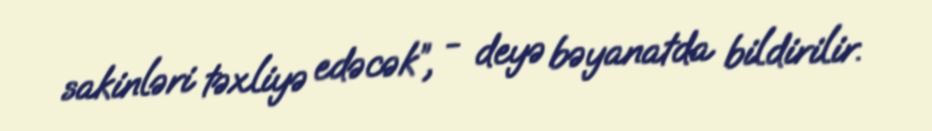
sakinləri təxliyə edəcək”, - deyə bəyanatda bildirilir.